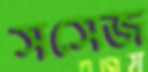
সসেজ